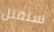
سنقتل